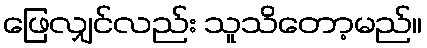
ဖြေလျှင်လည်း သူသိတော့မည်။